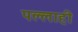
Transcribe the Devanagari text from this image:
पल्लाही